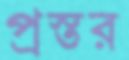
প্রস্তর